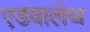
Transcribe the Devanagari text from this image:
एडवालेथ